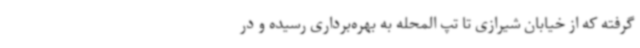
گرفته که از خیابان شیرازی تا تپ المحله به بهره‌برداری رسیده و در